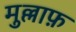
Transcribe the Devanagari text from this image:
मुल्लाफ़